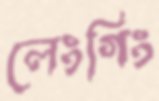
লেংগিং